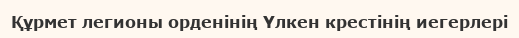
Құрмет легионы орденінің Үлкен крестінің иегерлері